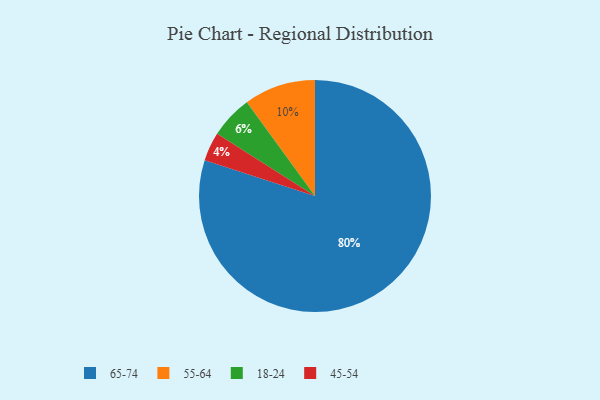
{"axis": {"x": "Category", "y": "Percentage"}, "legend": ["18-24", "45-54", "55-64", "65-74"], "data": [{"x": "18-24", "y": 6, "type": "18-24"}, {"x": "55-64", "y": 10, "type": "55-64"}, {"x": "45-54", "y": 4, "type": "45-54"}, {"x": "65-74", "y": 80, "type": "65-74"}]}